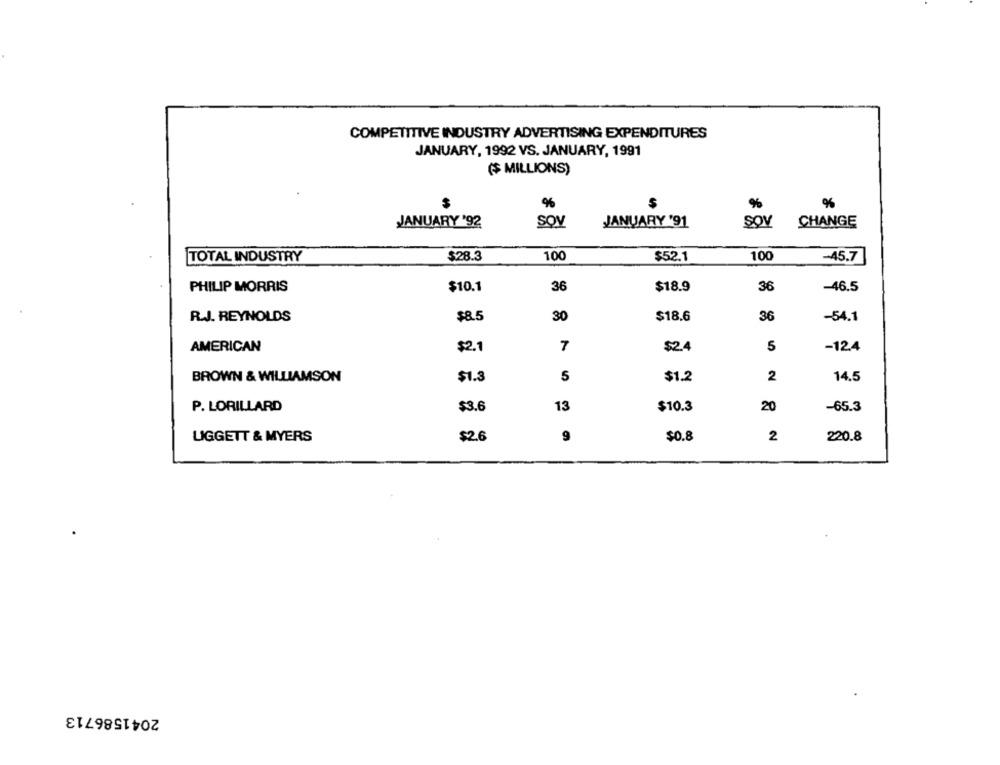
COMPETITIVE INDUSTRY ADVERTISING EXPENDITURES
JANUARY, 1992 VS. JANUARY, 1991
($ MILLIONS)
%
%
SOV
JANUARY '91
SOV
CHANGE
JANUARY '92
TOTAL INDUSTRY
$28.3
100
$52.1
100
-45.7
PHILIP MORRIS
$10.1
36
$18.9
36
-46.5
R.J. REYNOLDS
$8.5
30
$18.6
36
-54.1
AMERICAN
$2.1
7
$2.4
5
-12.4
BROWN & WILLIAMSON
$1.3
5
$1.2
2
14.5
P. LORILLARD
$3.6
13
$10.3
20
-65.3
$2.6
9
$0.8
2
220.8
LIGGETT & MYERS
2041586713